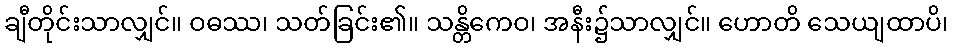
ချီတိုင်းသာလျှင်။ ဝဓဿ၊ သတ်ခြင်း၏။ သန္တိကေဝ၊ အနီး၌သာလျှင်။ ဟောတိ သေယျထာပိ၊